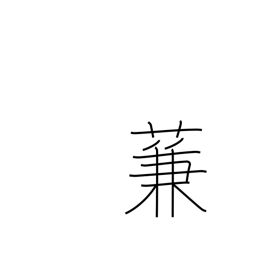
Meaning: type of reed